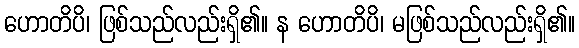
ဟောတိပိ၊ ဖြစ်သည်လည်းရှိ၏။ န ဟောတိပိ၊ မဖြစ်သည်လည်းရှိ၏။